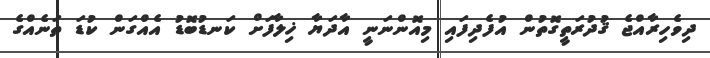
ދިވެހިރާއްޖެ ޤުދުރަތީގޮތުން އުފެދިފައި މިއޮންނަނީ އާދަޔާ ޚިލާފަށް ކަނޑުބޮޑު އެއްގަން ކުޑަ ތަނެއްގެ